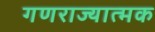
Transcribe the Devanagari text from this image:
गणराज्‍यात्‍मक